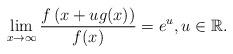
LaTeX: \begin{align*}\lim_{x\to\infty}\frac{f\left(x+ug(x)\right)}{f(x)}= e^u,u\in\mathbb{R}.\end{align*}